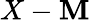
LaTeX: X-\mathbf{M}